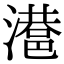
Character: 𣿑